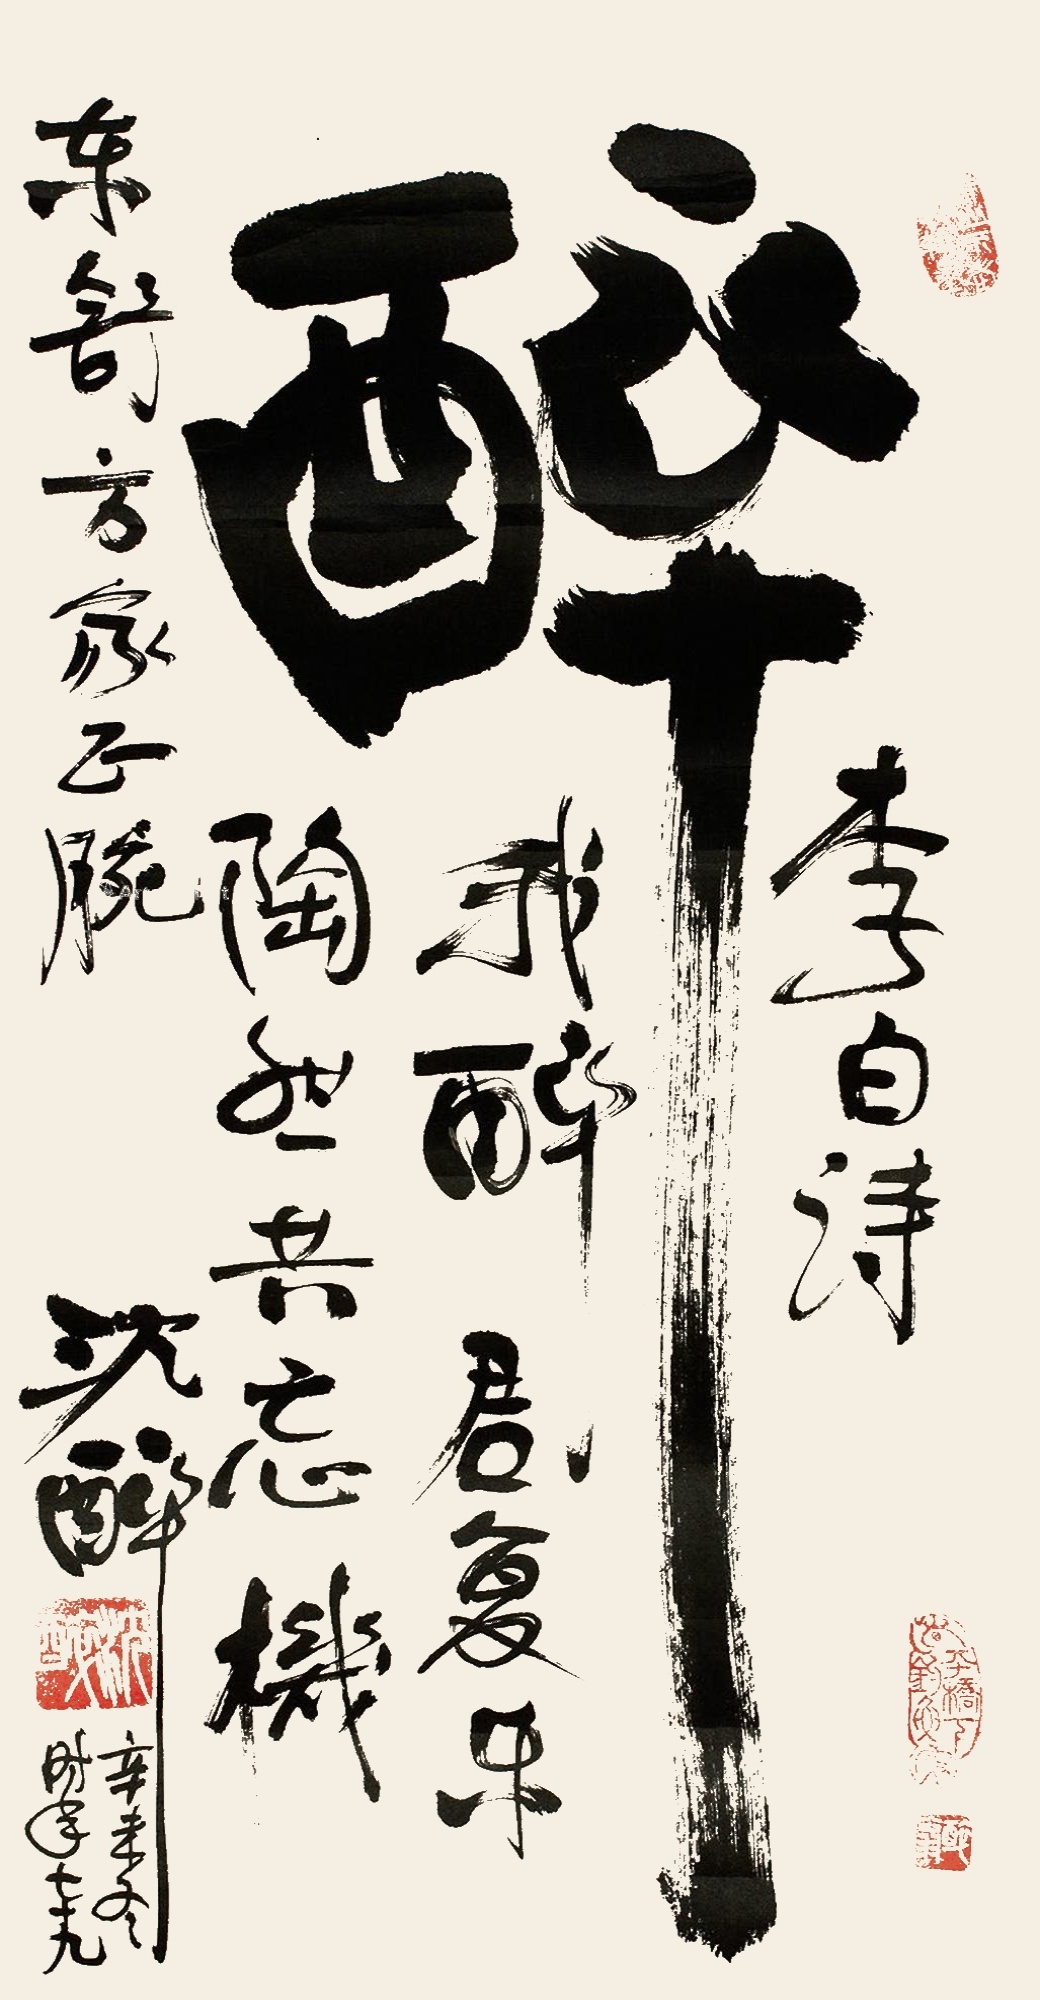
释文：醉。李白诗，我醉君复乐，陶然共忘机。东舒方家正腕，沈醉。辛未冬，时年七十九。